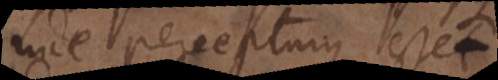
inde percepturus esset